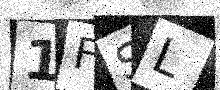
Text: 1FSL